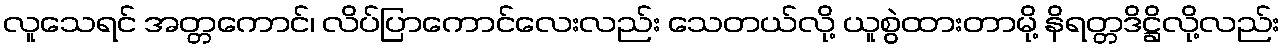
လူသေရင် အတ္တကောင်၊ လိပ်ပြာကောင်လေးလည်း သေတယ်လို့ ယူစွဲထားတာမို့ နိရတ္တဒိဋ္ဌိလို့လည်း